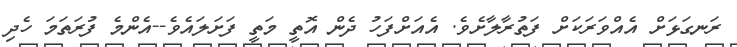
ރަނގަޅަށް އެއްވަރަކަށް ފަތުރާލާށެވެ. އެއަށްފަހު ދެން އޮތީ މަތީ ފަށަލައެވެ--އެންމެ ފުރަތަމަ ހެދި